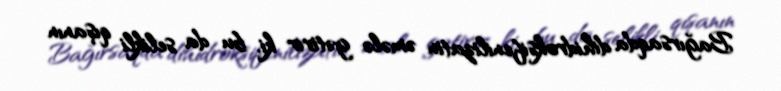
Bağırsaqda dihidroksifenilizatin əmələ gətirir ki, bu da selikli qışanın